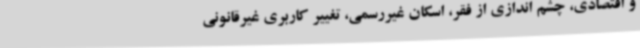
و اقتصادی، چشم اندازی از فقر، اسکان غیررسمی، تغییر کاربری غیرقانونی